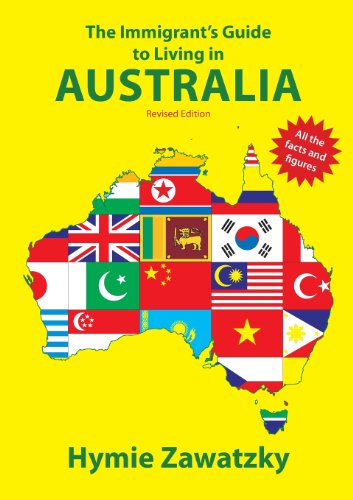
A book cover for The Immigrant's Guide to Living in Australia; Hymie Zawatzky; Law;